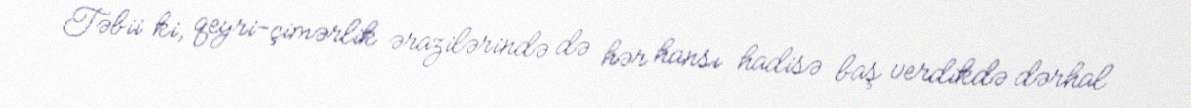
Təbii ki, qeyri-çimərlik ərazilərində də hər hansı hadisə baş verdikdə dərhal